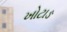
ખોટાઙ